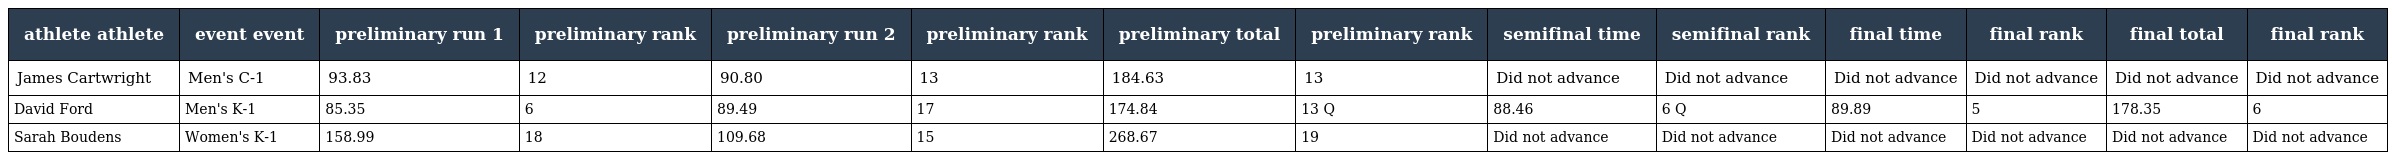
| athlete athlete | event event | preliminary run 1 | preliminary rank | preliminary run 2 | preliminary rank | preliminary total | preliminary rank | semifinal time | semifinal rank | final time | final rank | final total | final rank |
 | --- | --- | --- | --- | --- | --- | --- | --- | --- | --- | --- | --- | --- | --- |
 | James Cartwright | Men's C-1 | 93.83 | 12 | 90.80 | 13 | 184.63 | 13 | Did not advance | Did not advance | Did not advance | Did not advance | Did not advance | Did not advance |
 | David Ford | Men's K-1 | 85.35 | 6 | 89.49 | 17 | 174.84 | 13 Q | 88.46 | 6 Q | 89.89 | 5 | 178.35 | 6 |
 | Sarah Boudens | Women's K-1 | 158.99 | 18 | 109.68 | 15 | 268.67 | 19 | Did not advance | Did not advance | Did not advance | Did not advance | Did not advance | Did not advance |